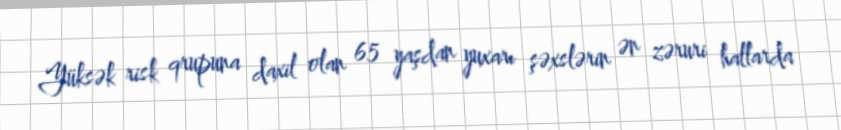
Yüksək risk qrupuna daxil olan 65 yaşdan yuxarı şəxslərin ən zəruri hallarda